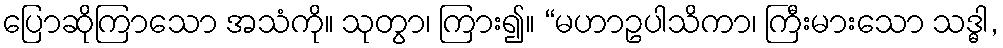
ပြောဆိုကြာသော အသံကို။ သုတွာ၊ ကြား၍။ “မဟာဥပါသိကာ၊ ကြီးမားသော သဒ္ဓါ,